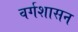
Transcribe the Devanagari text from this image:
वर्गशासन